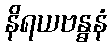
နိရယဗန္ဓနံ